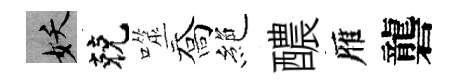
妖兢噬喬絶醲雁礱